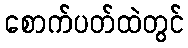
စောက်ပတ်ထဲတွင်